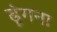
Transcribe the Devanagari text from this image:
ढूंगना